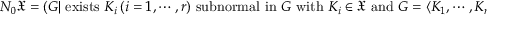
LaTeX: N _ { 0 } { \mathfrak { X } } = ( G | { \mathrm { ~ e x i s t s ~ } } K _ { i } \ ( i = 1 , \cdots , r ) { \mathrm { ~ s u b n o r m a l ~ i n ~ } } G { \mathrm { ~ w i t h ~ } } K _ { i } \in { \mathfrak { X } } { \mathrm { ~ a n d ~ } } G = \langle K _ { 1 } , \cdots , K _ { r } \rangle )